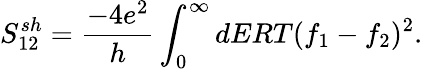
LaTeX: S_{12}^{sh}=\frac{-4e^{2}}{h}\int_{0}^{\infty}dERT(f_{1}-f_{2})^{2}.